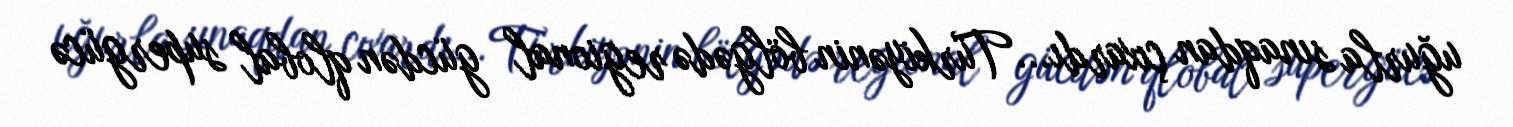
uğurla sınaqdan çıxardı... Türkiyənin bölgədə regional gücdən qlobal supergücə